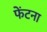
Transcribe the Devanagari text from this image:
फेंटना